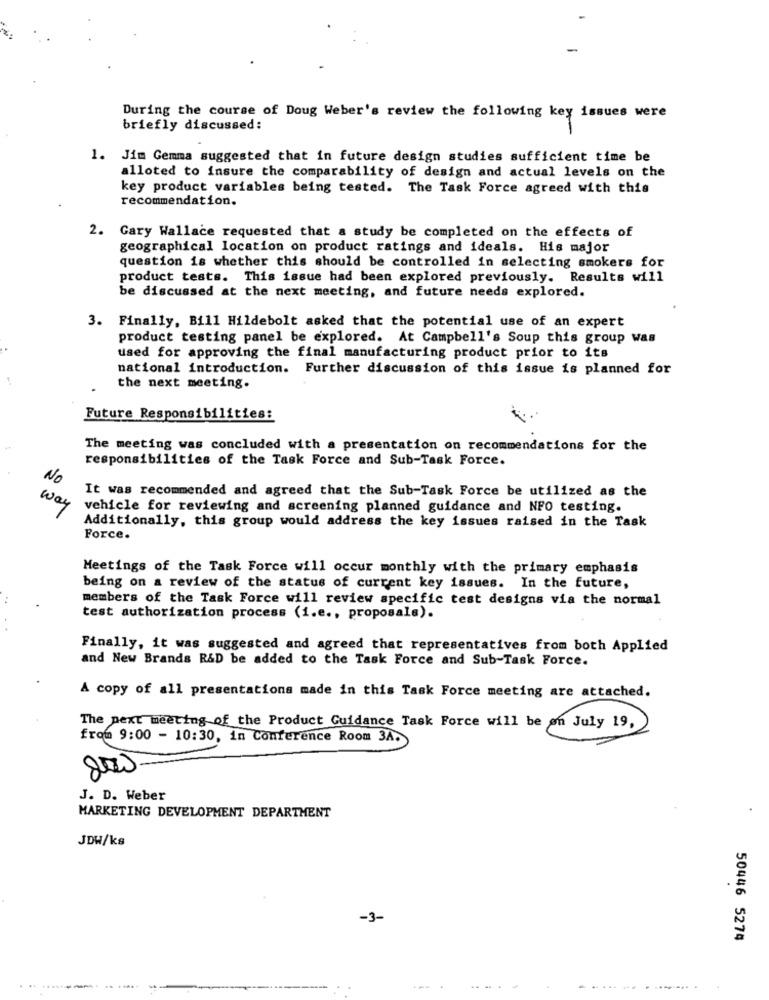
During the course of Doug Weber's review the following key issues were
briefly discussed:
1. Jim Gemma suggested that in future design studies sufficient time be
alloted to insure the comparability of design and actual levels on the
key product variables being tested. The Task Force agreed with this
recommendation.
2. Gary Wallace requested that a study be completed on the effects of
geographical location on product ratings and ideals. His major
question is whether this should be controlled in selecting smokers for
product tests. This issue had been explored previously. Results will
be discussed at the next meeting, and future needs explored.
3. Finally, Bill Hildebolt asked that the potential use of an expert
product testing panel be explored. At Campbell's Soup this group was
used for approving the final manufacturing product prior to its
national introduction. Further discussion of this issue is planned for
the next meeting.
Future Responsibilities:
The meeting was concluded with a presentation on recommendations for the
responsibilities of the Task Force and Sub-Task Force.
No
It was recommended and agreed that the Sub-Task Force be utilized as the
way
vehicle for reviewing and screening planned guidance and NFO testing.
Additionally, this group would address the key issues raised in the Task
Force.
Meetings of the Task Force will occur monthly with the primary emphasis
being on a review of the status of current key issues. In the future,
members of the Task Force will review specific test designs via the normal
test authorization process (i.e ., proposals).
Finally, it was suggested and agreed that representatives from both Applied
and New Brands R&D be added to the Task Force and Sub-Task Force.
A copy of all presentations made in this Task Force meeting are attached.
The next meeting of the Product Guidance Task Force will be on July 19,
from 9:00 - 10:30, in Conference Room 34.
800
J. D. Weber
MARKETING DEVELOPMENT DEPARTMENT
JDW/kg
-3-
50446 5274